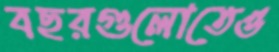
বছরগুলোতেও